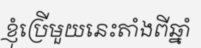
ខ្ញុំប្រើមួយនេះតាំងពីឆ្នាំ